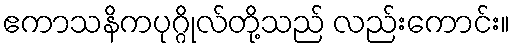
ဧကာသနိကပုဂ္ဂိုလ်တို့သည် လည်းကောင်း။